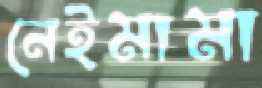
নেইমামা